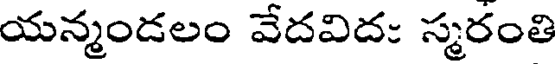
యన్మండలం వేదవిద: స్మరంతి